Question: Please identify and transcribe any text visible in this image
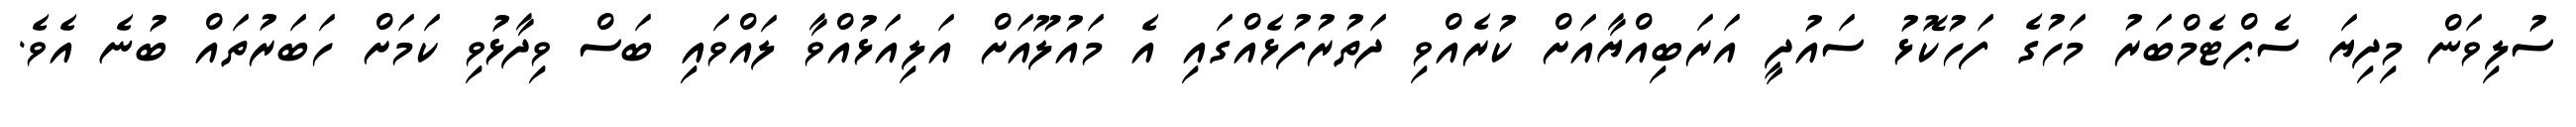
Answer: ސުލިވަން މިދިޔަ ސެޕްޓެމްބަރު މަހުގެ ފަހުކޮޅު ސައުދީ އަރަބިއްޔާއަށް ކުރެއްވި ދަތުރުފުޅެއްގައި އެ މައުލޫއަށް އަލިއަޅުއްވާ ލައްވައި ބަސް ވިދާޅުވި ކަމަށް ހަބަރުތައް ބުނެ އެވެ.